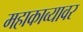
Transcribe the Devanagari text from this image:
महाकाव्यावर